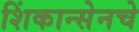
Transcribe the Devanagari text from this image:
शिंकान्सेनचे